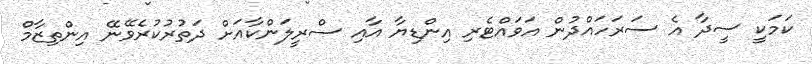
ކަމަކީ ސީދާ އެ ސަރަހައްދުން އަވައްޓެރި އިންޑިޔާ އާއި ސްރީލަންކާއަށް ދަތުރުކުރެވޭނޭ އިންތިޒާމް